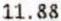
11.88